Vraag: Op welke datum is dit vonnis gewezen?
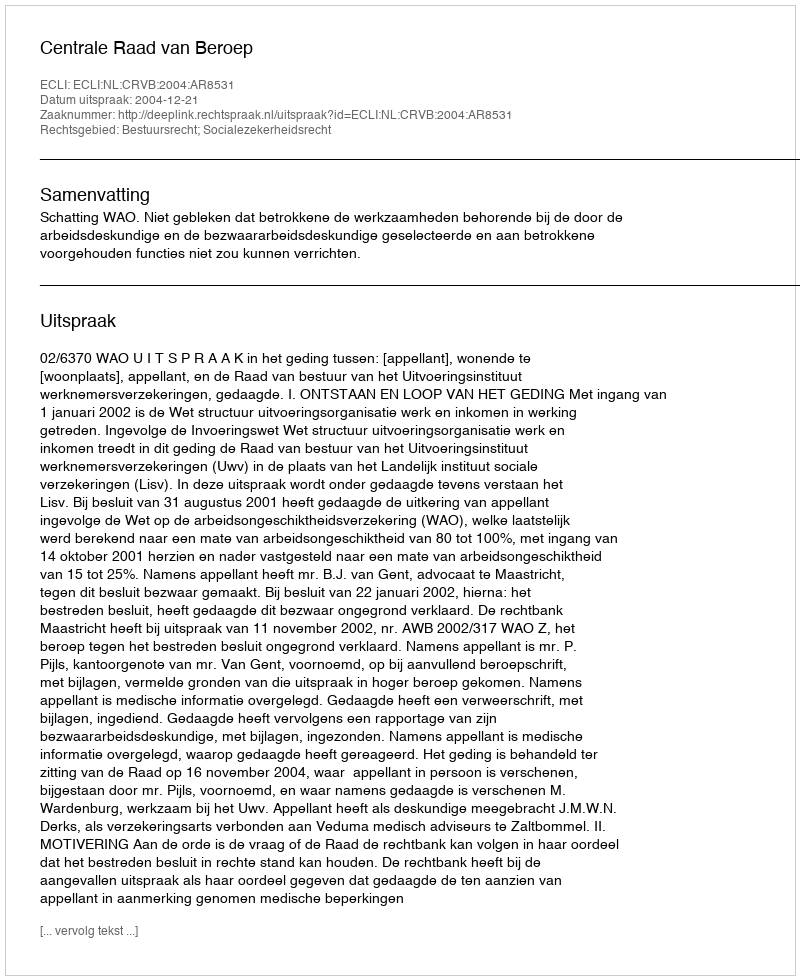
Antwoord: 2004-12-21